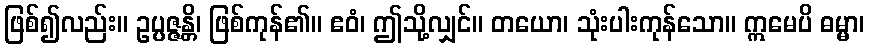
ဖြစ်၍လည်း။ ဥပ္ပဇ္ဇန္တိ၊ ဖြစ်ကုန်၏။ ဧဝံ၊ ဤသို့လျှင်။ တယော၊ သုံးပါးကုန်သော။ ဣမေပိ ဓမ္မာ၊